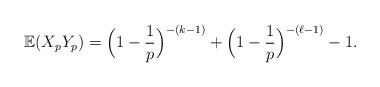
LaTeX: \begin{align*} \mathbb{E}(X_{p}Y_{p}) = \Big( 1-\frac{1}{p} \Big)^{-(k-1)}+ \Big( 1-\frac{1}{p} \Big)^{-(\ell-1)}-1.\end{align*}